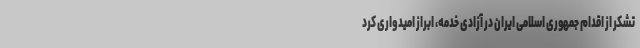
تشکر از اقدام جمهوری اسلامی ایران در آزادی خدمه، ابراز امیدواری کرد